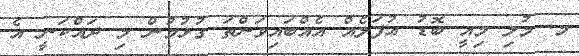
މ. މުލި މިއީ ބޮޑު އުފަލެއް އެއްބައިވަންތަ ގުޅުމުން މި ދައްކަނީ އެ